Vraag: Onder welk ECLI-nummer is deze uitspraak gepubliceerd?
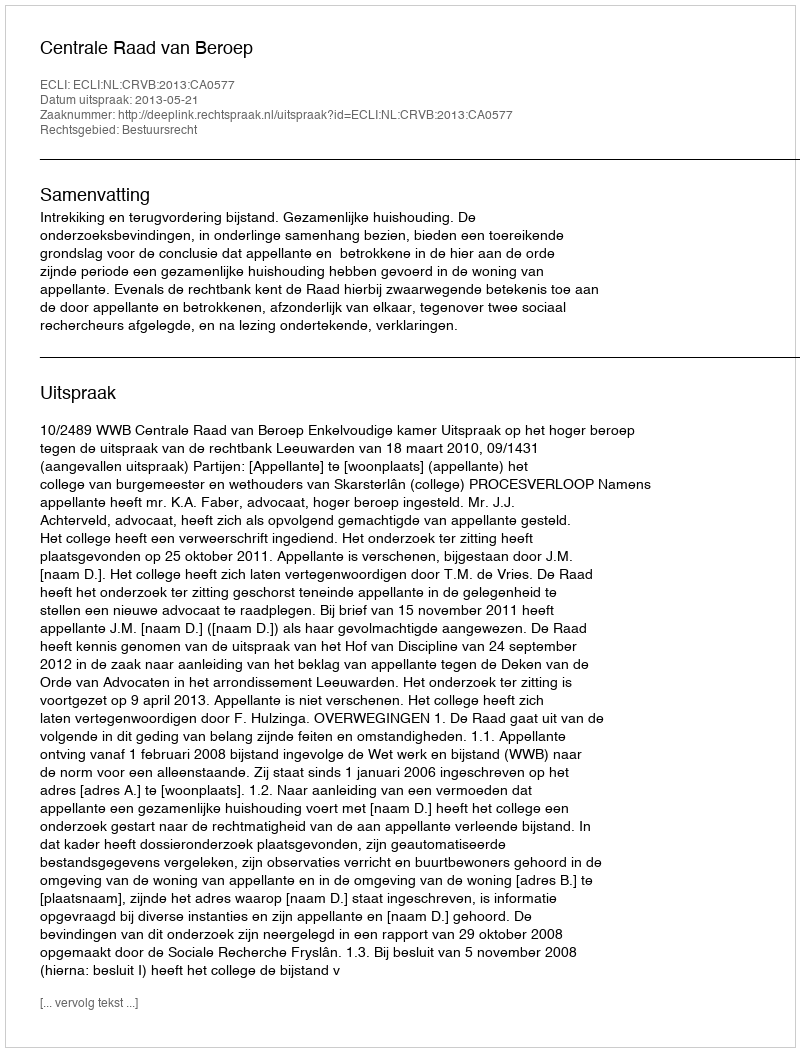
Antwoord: ECLI:NL:CRVB:2013:CA0577